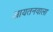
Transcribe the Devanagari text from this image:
आयतनवाला